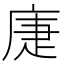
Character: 𢈻